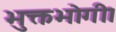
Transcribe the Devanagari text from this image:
भुक्तभोगी।